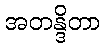
အတန္ဒိတာ